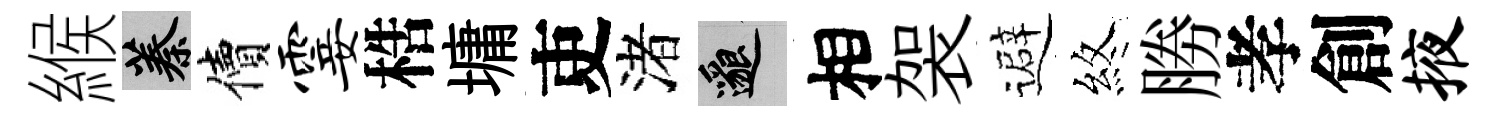
緱蓁價霎梏墉吏渚邈相袈避煞勝孝創掖